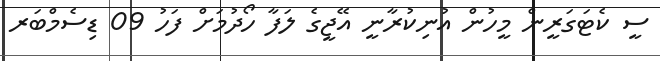
ސީ ކެޓަގަރީން މީހުން އުނިކުރާނީ އޭޖީގެ ލަފާ ހޯދުމަށް ފަހު 09 ޑިސެމްބަރ